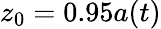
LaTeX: z_{0}=0.95a(t)